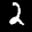
Label: 2